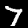
Label: 7